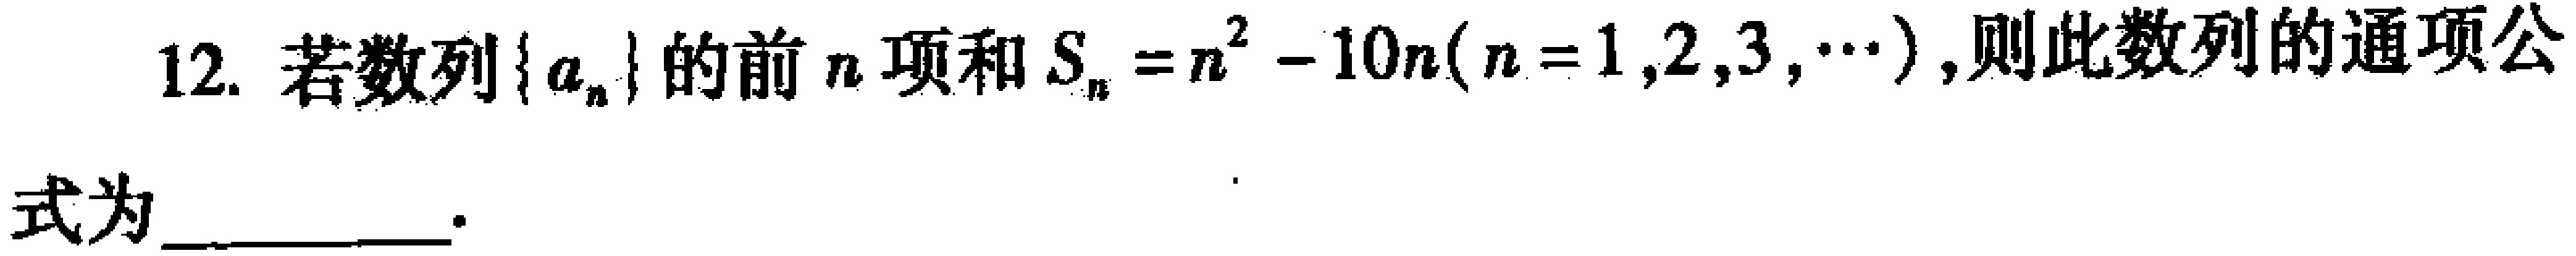
12. 若数列\(\{ a_{n}\}\)的前\(n\)项和\(S_{n}=n^{2}-10n(n = 1,2,3,\cdots)\)，则此数列的通项公式为  。